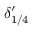
\delta _ { 1 / 4 } ^ { \prime }